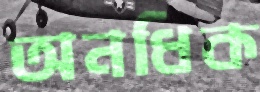
অনধিক